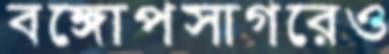
বঙ্গোপসাগরেও